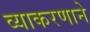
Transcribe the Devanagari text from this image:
व्याकरणाने